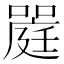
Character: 𡀈